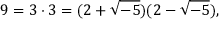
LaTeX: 9 = 3 \cdot 3 = ( 2 + { \sqrt { - 5 } } ) ( 2 - { \sqrt { - 5 } } ) ,